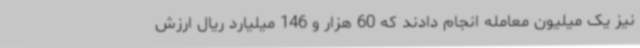
نیز یک میلیون معامله انجام دادند که 60 هزار و 146 میلیارد ریال ارزش